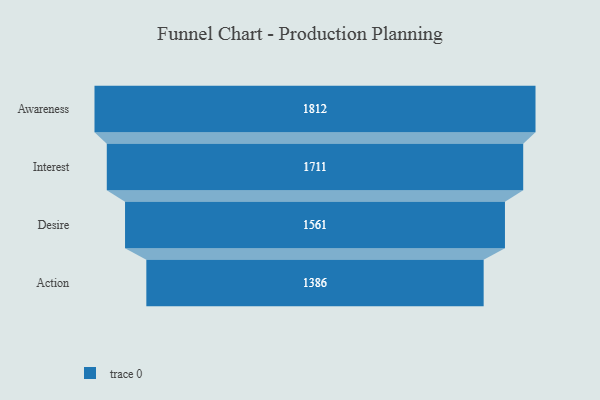
{"axis": {"x": "Stage", "y": "Value"}, "legend": [""], "data": [{"x": "Awareness", "y": 1812.0, "type": ""}, {"x": "Interest", "y": 1711.0, "type": ""}, {"x": "Desire", "y": 1561.0, "type": ""}, {"x": "Action", "y": 1386.0, "type": ""}]}